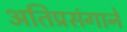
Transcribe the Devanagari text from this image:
अतिप्रसंगाने